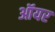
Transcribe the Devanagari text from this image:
ऑयर